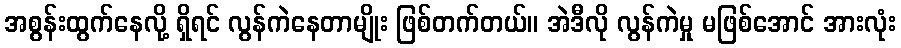
အစွန်းထွက်နေလို့ ရှိရင် လွန်ကဲနေတာမျိုး ဖြစ်တက်တယ်။ အဲဒီလို လွန်ကဲမှု မဖြစ်အောင် အားလုံး